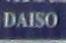
daiso